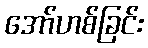
အော်ဟစ်ခြင်း